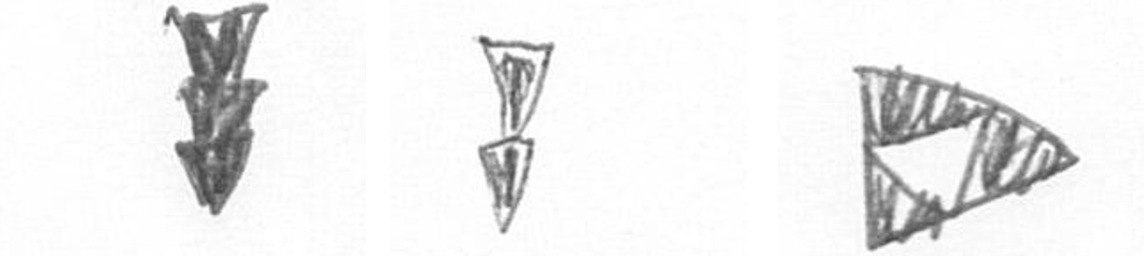
E Z K